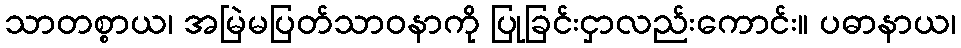
သာတစ္စာယ၊ အမြဲမပြတ်သာဝနာကို ပြုခြင်းငှာလည်းကောင်း။ ပဓာနာယ၊